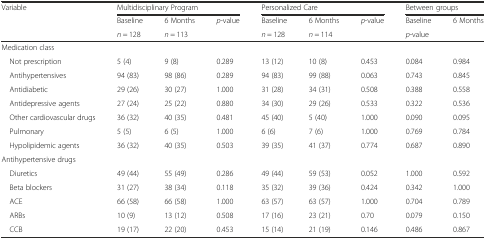
| <ROWSPAN=3> Variable | <COLSPAN=3> Multidisciplinary Program | <COLSPAN=3> Personalized Care | <COLSPAN=2> Between groups |
 | Baseline | 6 Months | <ROWSPAN=2> p-value | Baseline | 6 Months | <ROWSPAN=2> p-value | Baseline | 6 Months |
 | n = 128 | n = 113 | n = 128 | n = 114 | <COLSPAN=2> p-value |
 | --- | --- | --- | --- | --- | --- | --- | --- | --- |
 | <COLSPAN=9> Medication class |
 | Not prescription | 5 (4) | 9 (8) | 0.289 | 13 (12) | 10 (8) | 0.453 | 0.084 | 0.984 |
 | Antihypertensives | 94 (83) | 98 (86) | 0.289 | 94 (83) | 99 (88) | 0.063 | 0.743 | 0.845 |
 | Antidiabetic | 29 (26) | 30 (27) | 1.000 | 31 (28) | 34 (31) | 0.508 | 0.388 | 0.558 |
 | Antidepressive agents | 27 (24) | 25 (22) | 0.880 | 34 (30) | 29 (26) | 0.533 | 0.322 | 0.536 |
 | Other cardiovascular drugs | 36 (32) | 40 (35) | 0.481 | 45 (40) | 5 (40) | 1.000 | 0.090 | 0.095 |
 | Pulmonary | 5 (5) | 6 (5) | 1.000 | 6 (6) | 7 (6) | 1.000 | 0.769 | 0.784 |
 | Hypolipidemic agents | 36 (32) | 40 (35) | 0.503 | 39 (35) | 41 (37) | 0.774 | 0.687 | 0.890 |
 | <COLSPAN=9> Antihypertensive drugs |
 | Diuretics | 49 (44) | 55 (49) | 0.286 | 49 (44) | 59 (53) | 0.052 | 1.000 | 0.592 |
 | Beta blockers | 31 (27) | 38 (34) | 0.118 | 35 (32) | 39 (36) | 0.424 | 0.342 | 1.000 |
 | ACE | 66 (58) | 66 (58) | 1.000 | 63 (57) | 63 (57) | 1.000 | 0.704 | 0.789 |
 | ARBs | 10 (9) | 13 (12) | 0.508 | 17 (16) | 23 (21) | 0.70 | 0.079 | 0.150 |
 | CCB | 19 (17) | 22 (20) | 0.453 | 15 (14) | 21 (19) | 0.146 | 0.486 | 0.867 |